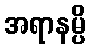
အရာနမ္ပိ